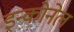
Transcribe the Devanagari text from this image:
इन्कोनेल